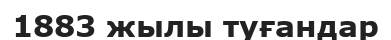
1883 жылы туғандар